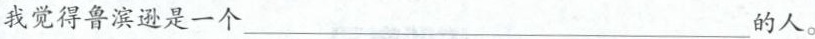
我觉得鲁滨逊是一个___的人。